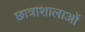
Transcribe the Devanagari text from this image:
छात्राशालाओं